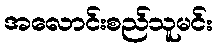
အလောင်းစည်သူမင်း